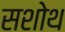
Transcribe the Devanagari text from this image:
सशोथ